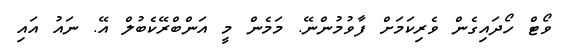
ވޯޓް ހޯދައިގެން ވެރިކަމަށް ފާވުމުންނޭ. މަމެން މީ އަންބްރޭކެބުލް އޭ. ނައު އައި